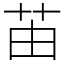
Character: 苖